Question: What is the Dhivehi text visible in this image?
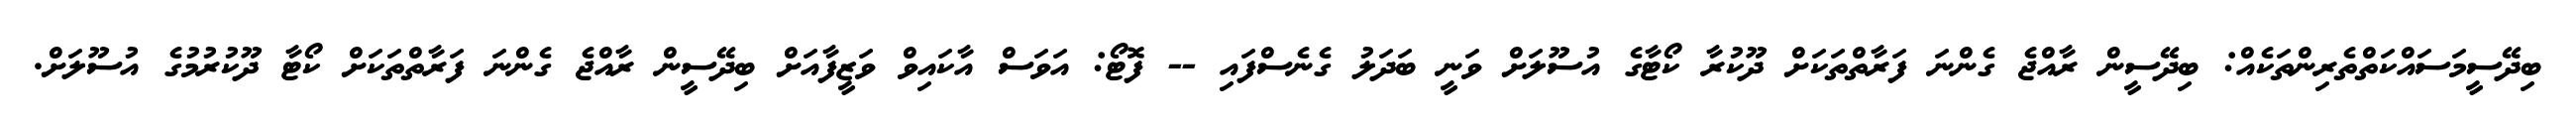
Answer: ބިދޭސީމަސައްކަތްތެރިންތަކެއް: ބިދޭސީން ރާއްޖެ ގެންނަ ފަރާތްތަކަށް ދޫކުރާ ކޯޓާގެ އުސޫލަށް ވަނީ ބަދަލު ގެނެސްފައި -- ފޮޓޯ: އަވަސް އާކައިވް ވަޒީފާއަށް ބިދޭސީން ރާއްޖެ ގެންނަ ފަރާތްތަކަށް ކޯޓާ ދޫކުރުމުގެ އުސޫލަށް.